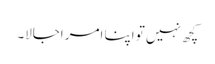
کچھ نہیں تو اپنا امر اجالا۔